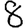
Digit: 8